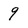
Character: 9